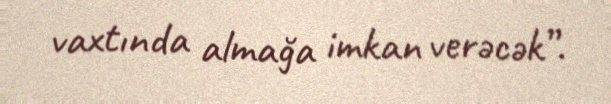
vaxtında almağa imkan verəcək”.